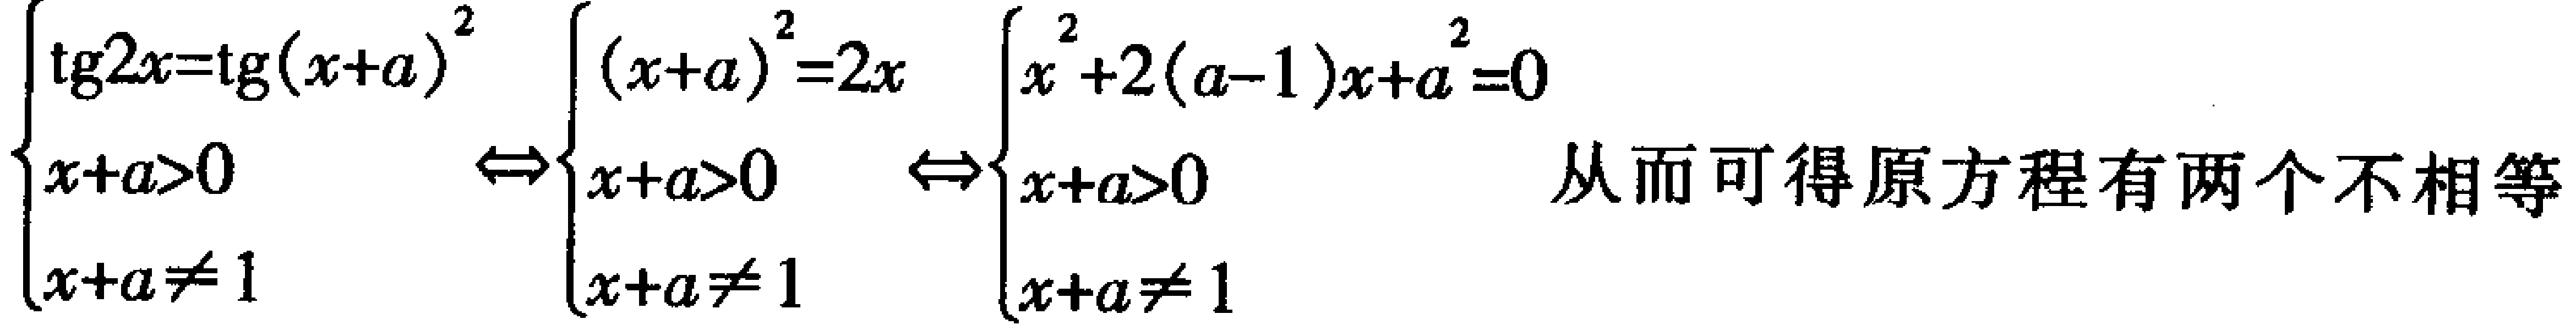
\[\begin{cases}

\mathrm{tg}2x = \mathrm{tg}(x + a)^2 \\

x + a>0 \\

x + a\neq1

\end{cases}

\Leftrightarrow

\begin{cases}

(x + a)^2 = 2x \\

x + a>0 \\

x + a\neq1

\end{cases}

\Leftrightarrow

\begin{cases}

x^{2}+2(a - 1)x + a^{2}=0 \\

x + a>0 \\

x + a\neq1

\end{cases}\] 从而可得原方程有两个不相等